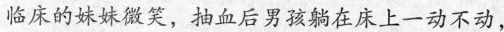
临床的妹妹微笑，抽血后男孩躺在床上一动不动，